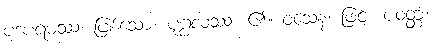
ပဒပရမဿ၊ ဖြစ်သော။ ပုဂ္ဂလဿ၊ ၏။ ဝသေန၊ ဖြင့်။ ပဝတ္တံ၊